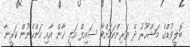
ބޮލީވުޑްގެ މަޝްހޫރު ދެ ތަރިންކަމަށްވާ ސައިފް އަލީ ޚާން އާއި އަންހެނުން ކަރީނާ